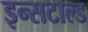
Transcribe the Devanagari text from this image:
इन्सटाल्ड